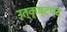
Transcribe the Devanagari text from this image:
उत्कृष्टपद